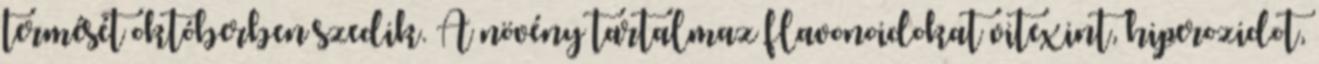
termését októberben szedik. A növény tartalmaz flavonoidokat vitexint, hiperozidot,